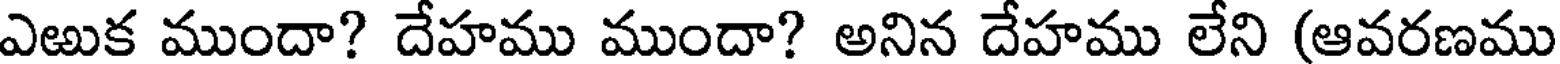
ఎఱుక ముందా? దేహము ముందా? అనిన దేహము లేని (ఆవరణము